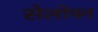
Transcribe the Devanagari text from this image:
सेलोफ्न